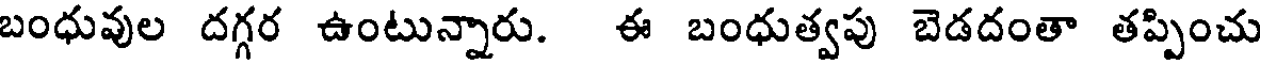
బంధువుల దగ్గర ఉంటున్నారు. ఈ బంధుత్వపు బెడదంతా తప్పించు